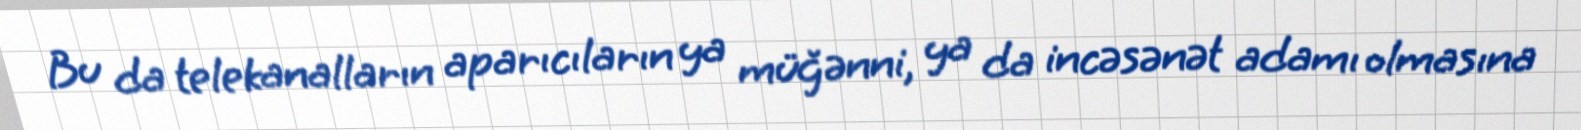
Bu da telekanalların aparıcıların ya müğənni, ya da incəsənət adamı olmasına